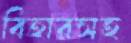
বিহারসহ